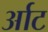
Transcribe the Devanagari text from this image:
र्आट